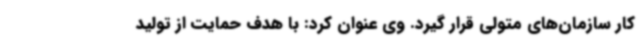
کار سازمان‌های متولی قرار گیرد. وی عنوان کرد: با هدف حمایت از تولید